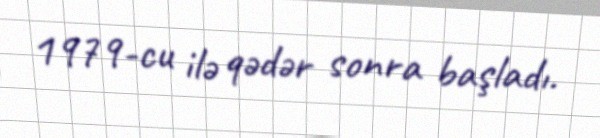
1979-cu ilə qədər sonra başladı.